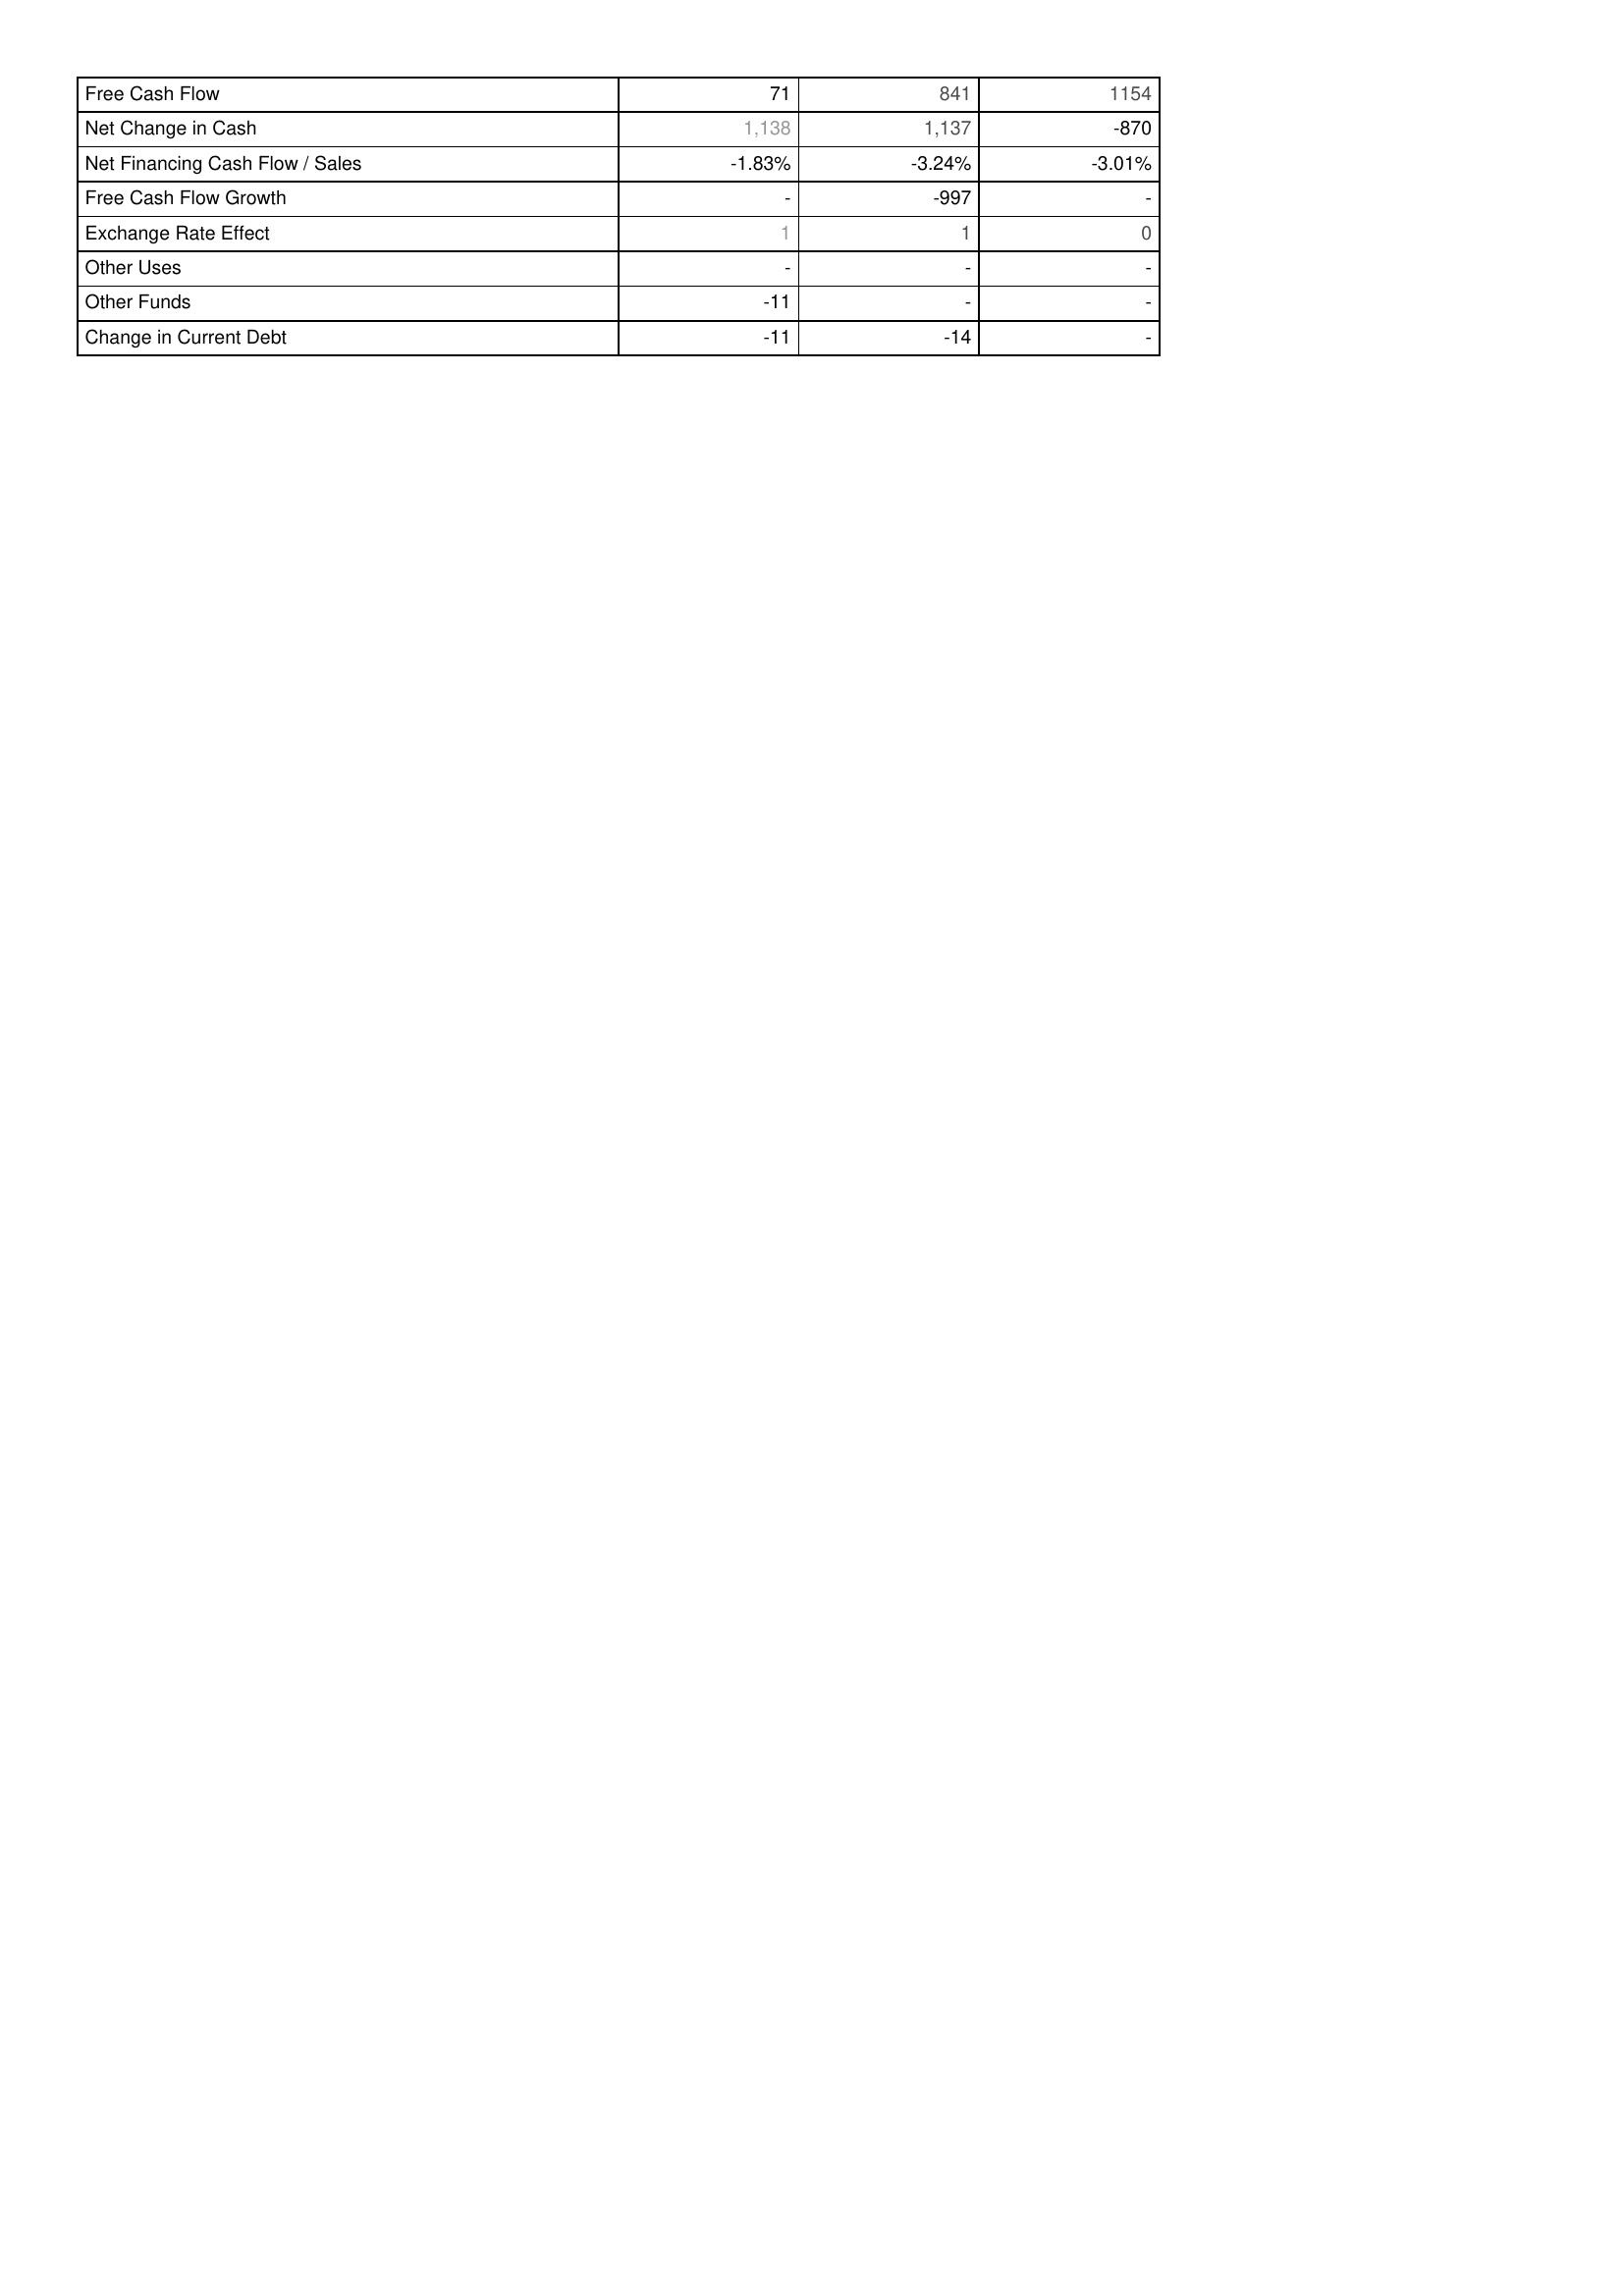
2009: Financing Activities: Free Cash Flow: 71
Net Change in Cash: 1,138
Net Financing Cash Flow / Sales: -1.83%
Free Cash Flow Growth: -
Exchange Rate Effect: 1
Other Uses: -
Other Funds: -11
Change in Current Debt: -11
2010: Financing Activities: Free Cash Flow: 841
Net Change in Cash: 1,137
Net Financing Cash Flow / Sales: -3.24%
Free Cash Flow Growth: -997
Exchange Rate Effect: 1
Other Uses: -
Other Funds: -
Change in Current Debt: -14
2011: Financing Activities: Free Cash Flow: 1154
Net Change in Cash: -870
Net Financing Cash Flow / Sales: -3.01%
Free Cash Flow Growth: -
Exchange Rate Effect: 0
Other Uses: -
Other Funds: -
Change in Current Debt: -